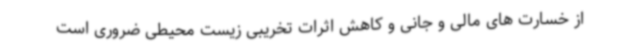
از خسارت های مالی و جانی و کاهش اثرات تخریبی زیست محیطی ضروری است